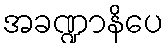
အခဏ္ဍာနိပေ